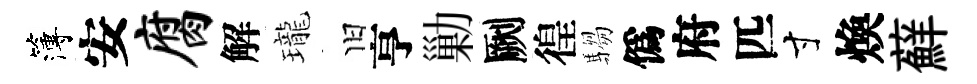
簿安腐解瓏旧亨勦劂徨騶僞府匹寸煥蘚